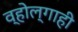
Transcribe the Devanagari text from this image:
व्होल्गाही